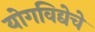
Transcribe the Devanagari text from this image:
योगविद्येचे